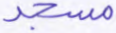
مسجد